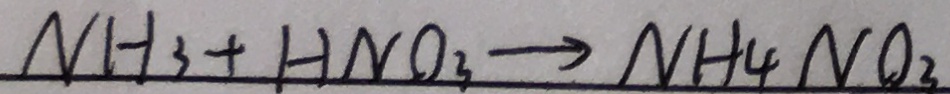
N H _ { 3 } + H N O _ { 3 } \rightarrow N H _ { 4 } N O _ { 3 }